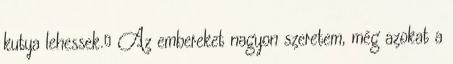
kutya lehessek. Az embereket nagyon szeretem, még azokat a